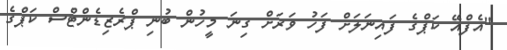
"އެފްއޭ ކަޕްގެ ފައިނަލަށް ފަހު ވަރަށް ގިނަ މީހުން ބުނި ޕްރެޒިޑެންޓްސް ކަޕްގެ